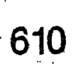
610